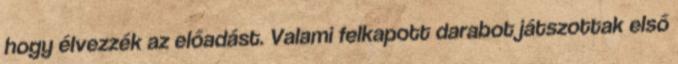
hogy élvezzék az előadást. Valami felkapott darabot játszottak első